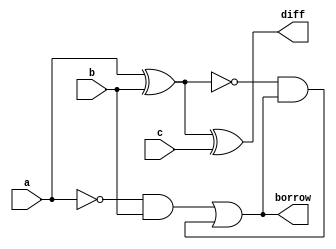
`timescale 1ns / 1ps

// Declaring Module
module Subtractor(a, b, c, diff, borrow);
    input a, b, c;
    output diff, borrow;
	 
// Implementing Subtractor
	assign diff = a ^ b ^ c;
	assign borrow = ((~a & b) | ((~(a ^ b)) & borrow));

endmodule